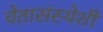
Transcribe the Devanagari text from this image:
चेतासंस्थेशी